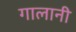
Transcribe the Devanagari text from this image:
गालानी